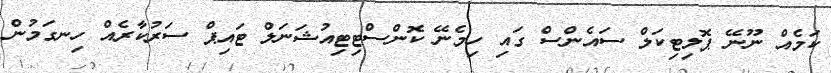
ކަމެއް ނޫނޭ ޕޮލިޓިކަލް ސައެންސް ގައި ހިމެނޭ ކޮންސްޓިޓިއުޝަނަލް ޓައިޕް ސަރުކާރެއް ހިނގަމުން